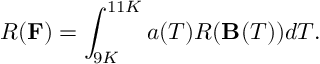
R ( { \bf F } ) = \int _ { 9 K } ^ { 1 1 K } a ( T ) R ( { \bf B } ( T ) ) d T .